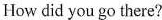
How did you go there?